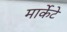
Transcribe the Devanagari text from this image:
मार्केटे